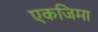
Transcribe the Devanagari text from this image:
एकजिमा